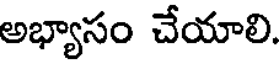
అభ్యాసం చేయాలి.